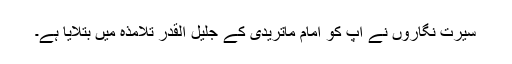
سیرت نگاروں نے آپ کو امام ماتریدیؒ کے جلیل القدر تلامذہ میں بتلایا ہے۔